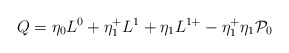
\begin{align*}Q =\eta_0 L^0 + \eta^+_{1} L^1 + \eta_{1} L^{1+}-\eta^{+}_{1}\eta_{1} {\cal{P}}_{0}\end{align*}